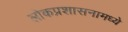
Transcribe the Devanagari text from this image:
लोकप्रशासनामध्ये